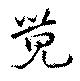
覺